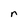
Character: r